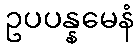
ဥပပန္နမေနံ